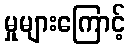
မှုများကြောင့်